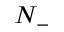
N _ { - }